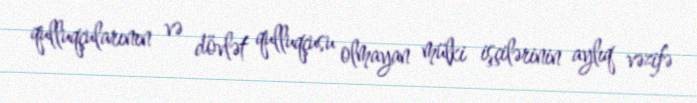
qulluqçularının və dövlət qulluqçusu olmayan mülki işçilərinin aylıq vəzifə